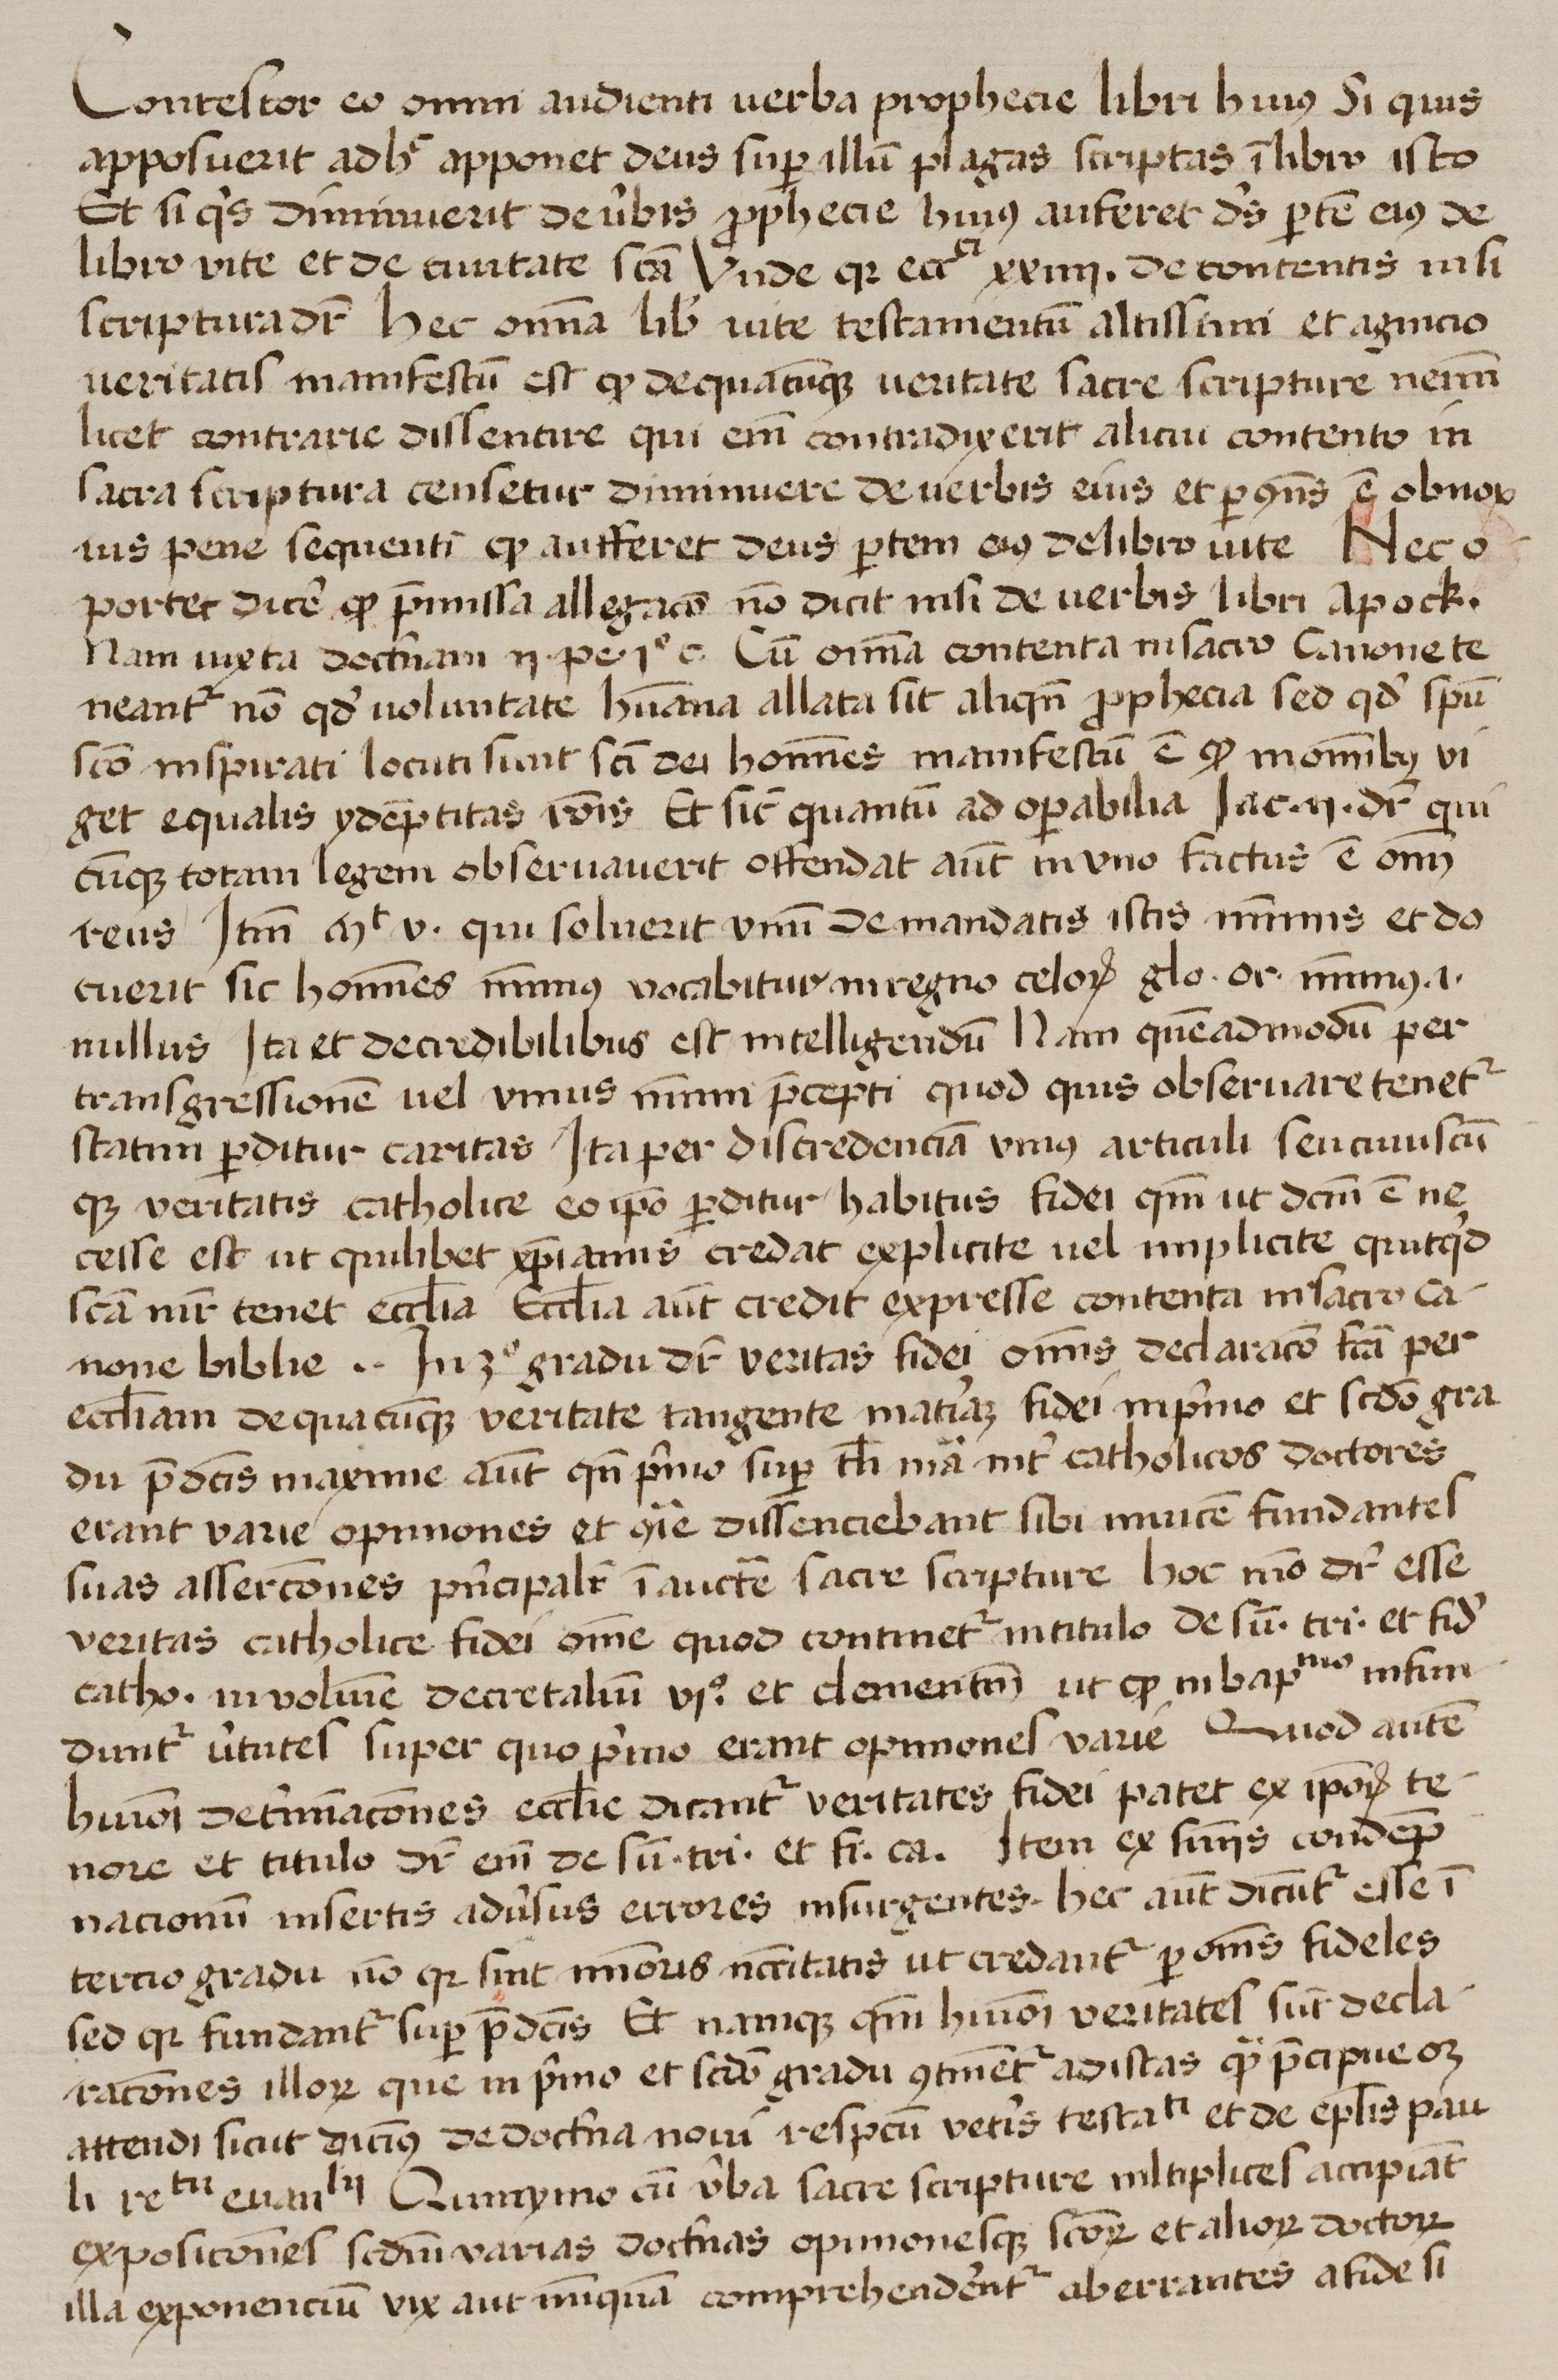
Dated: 1425–1449